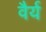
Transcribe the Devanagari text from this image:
वैर्य